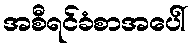
အစီရင်ခံစာအပေါ်